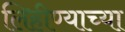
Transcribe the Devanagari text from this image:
लिहीण्याच्या